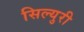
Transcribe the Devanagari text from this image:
सिल्युरी